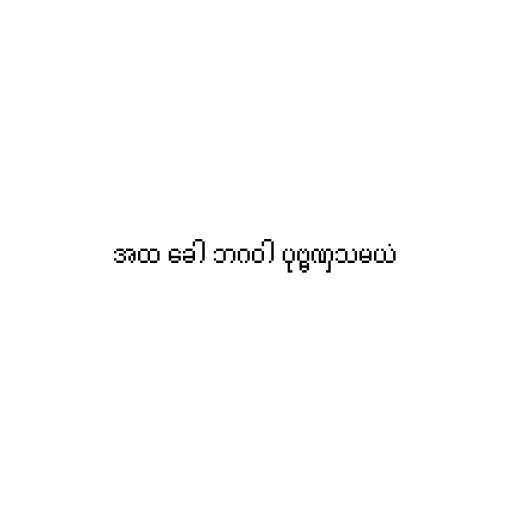
အထ ခေါ ဘဂဝါ ပုဗ္ဗဏှသမယံ